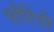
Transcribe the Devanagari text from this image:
चौरिंघी